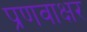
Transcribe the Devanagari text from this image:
प्रणवाक्षर